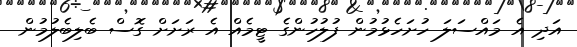
އަދި އެ މައްސަލަ ހުށަހެޅުމުން ފުލުހުންގެ ޓީމެއް އެ ރަށަށް ގޮސް ބެލިބެލުމުން